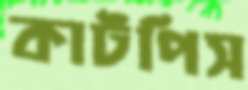
কাটপিস